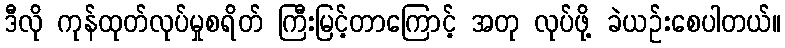
ဒီလို ကုန်ထုတ်လုပ်မှုစရိတ် ကြီးမြင့်တာကြောင့် အတု လုပ်ဖို့ ခဲယဉ်းစေပါတယ်။